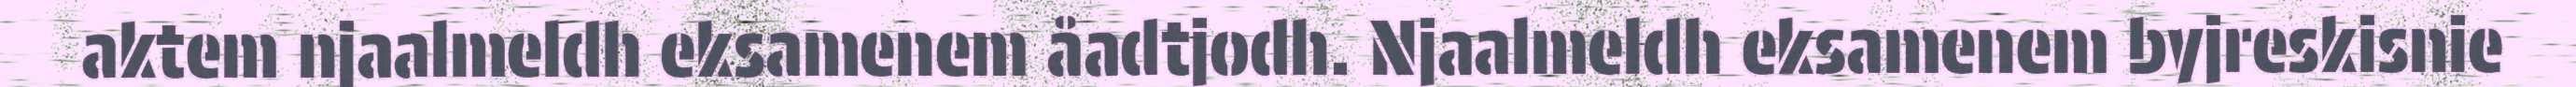
aktem njaalmeldh eksamenem åadtjodh. Njaalmeldh eksamenem byjreskisnie